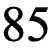
85